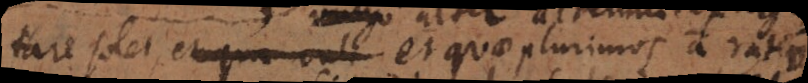
tare solet, _ et quae plurimos a ratio